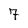
Character: 7